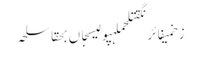
زخمیفائرنگقتلحملہپولیسجاں بحقاسلحہ